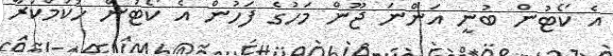
އެ ކޯޓުން ބުނީ އަންނަ ޖޫން މަހުގެ ފަހުން އެ ކޯޓުން ހުކުމްކުރާ